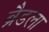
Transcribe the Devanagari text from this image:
ब्रैडला